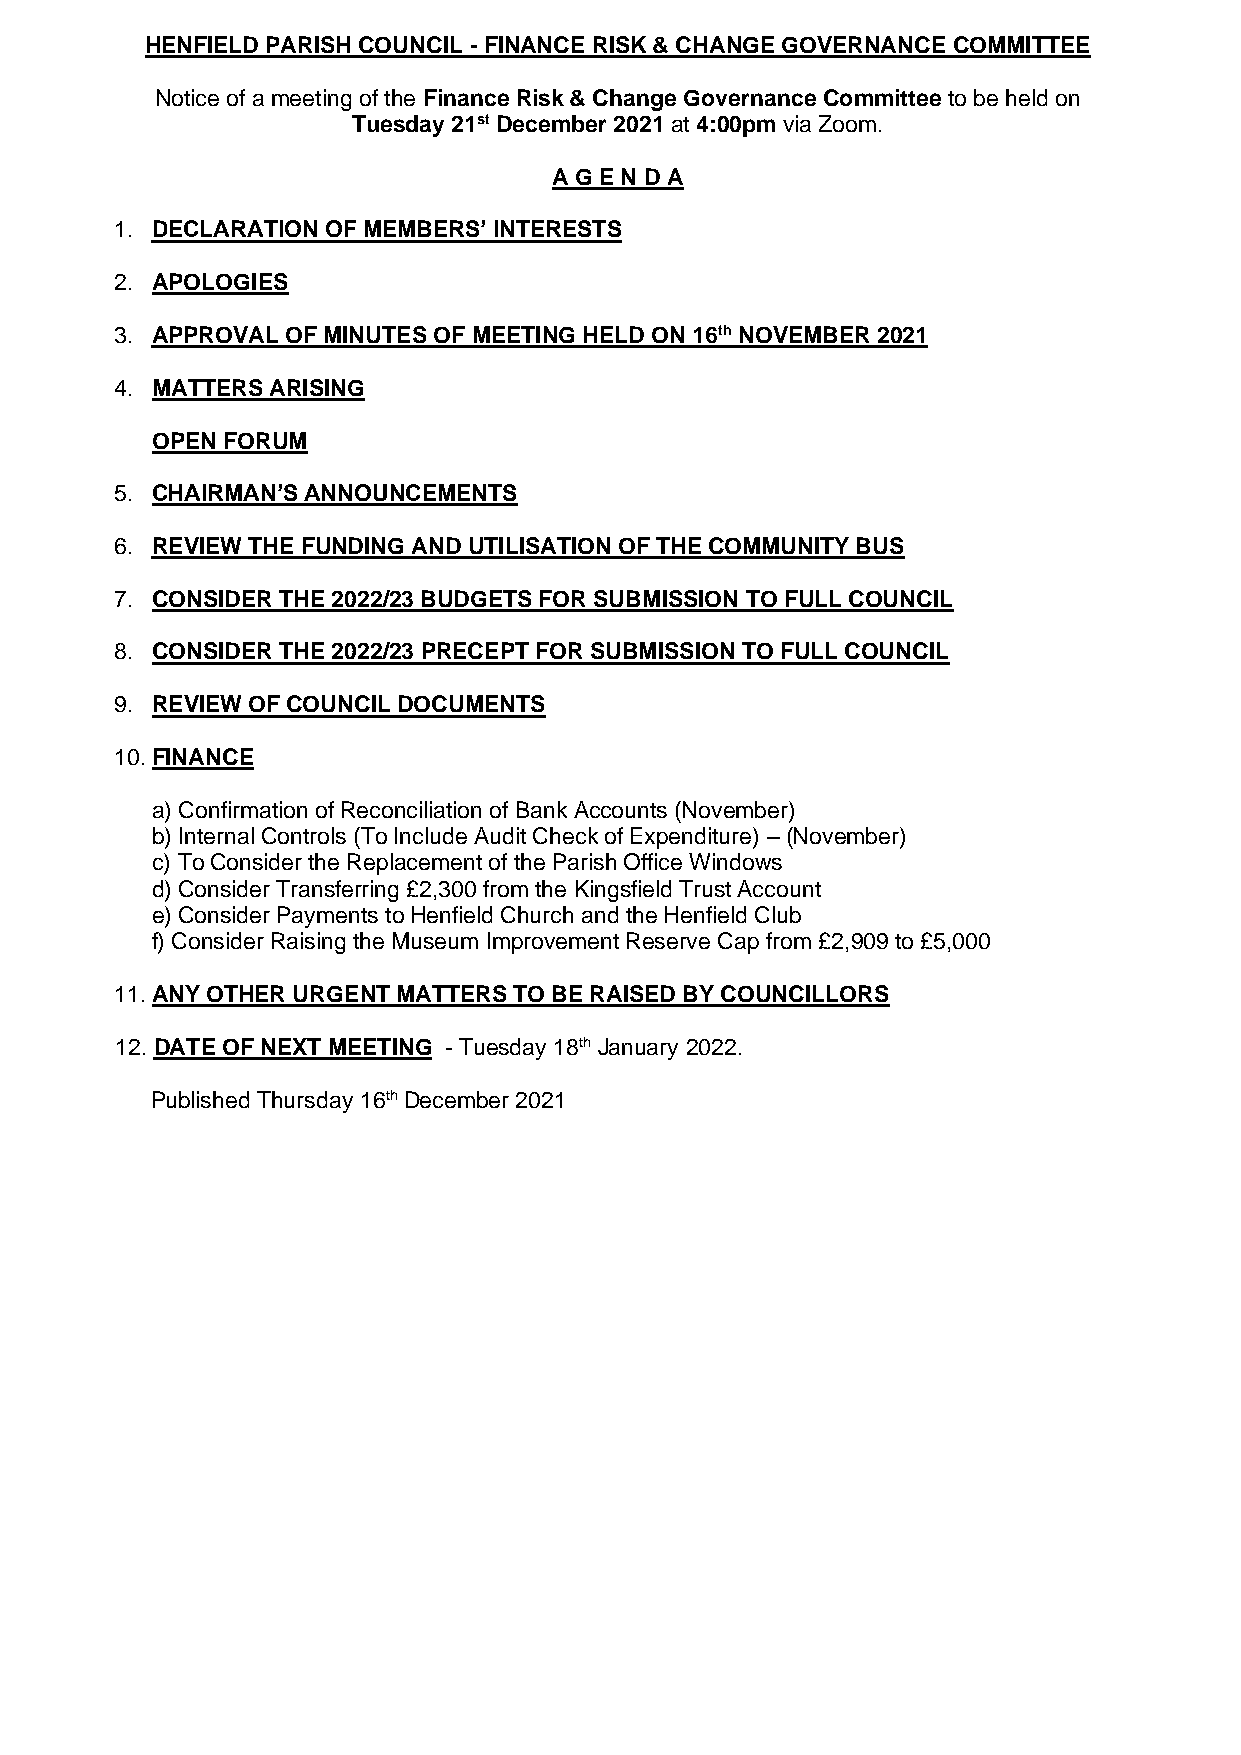
HENFIELD PARISH COUNCIL - FINANCE RISK & CHANGE GOVERNANCE COMMITTEE
 Notice of a meeting of the Finance Risk & Change Governance Committee to be held on
 Tuesday 21st December 2021 at 4:00pm via Zoom.
 A G E N D A
 1. DECLARATION OF MEMBERS’ INTERESTS
 2. APOLOGIES
 3. APPROVAL OF MINUTES OF MEETING HELD ON 16th NOVEMBER 2021
 4. MATTERS ARISING
 OPEN FORUM
 5. CHAIRMAN’S ANNOUNCEMENTS
 6. REVIEW THE FUNDING AND UTILISATION OF THE COMMUNITY BUS
 7. CONSIDER THE 2022/23 BUDGETS FOR SUBMISSION TO FULL COUNCIL
 8. CONSIDER THE 2022/23 PRECEPT FOR SUBMISSION TO FULL COUNCIL
 9. REVIEW OF COUNCIL DOCUMENTS
 10. FINANCE
 a) Confirmation of Reconciliation of Bank Accounts (November)
 b) Internal Controls (To Include Audit Check of Expenditure) – (November)
 c) To Consider the Replacement of the Parish Office Windows
 d) Consider Transferring £2,300 from the Kingsfield Trust Account
 e) Consider Payments to Henfield Church and the Henfield Club
 f) Consider Raising the Museum Improvement Reserve Cap from £2,909 to £5,000
 11. ANY OTHER URGENT MATTERS TO BE RAISED BY COUNCILLORS
 12. DATE OF NEXT MEETING - Tuesday 18th January 2022.
 Published Thursday 16th December 2021